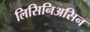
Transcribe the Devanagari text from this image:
लिसिनिअसिन